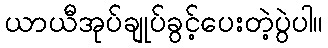
ယာယီအုပ်ချုပ်ခွင့်ပေးတဲ့ပွဲပါ။